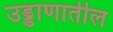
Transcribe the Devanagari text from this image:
उड्डाणातील